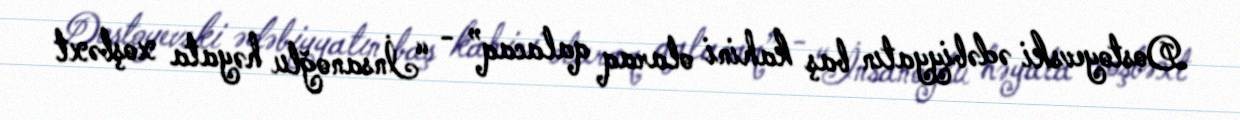
Dostoyevski ədəbiyyatın baş kahini olaraq qalacaq” - “İnsanoğlu həyata xoşbəxt